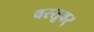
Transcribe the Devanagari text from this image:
वस्तूवर्